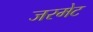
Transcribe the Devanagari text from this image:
जरमेट